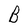
Character: B